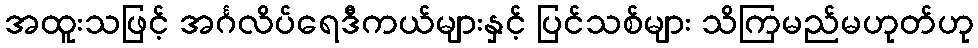
အထူးသဖြင့် အင်္ဂလိပ်ရေဒီကယ်များနှင့် ပြင်သစ်များ သိကြမည်မဟုတ်ဟု